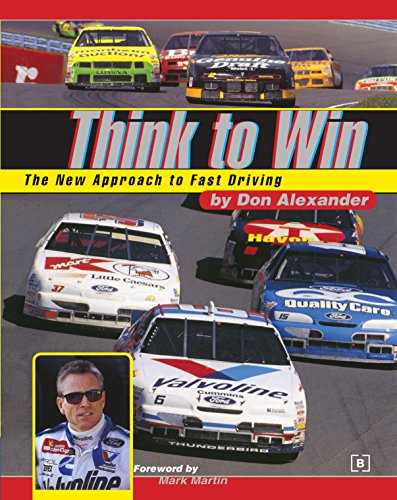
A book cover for Think to Win: The New Approach to Fast Driving; Don Alexander; Test Preparation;